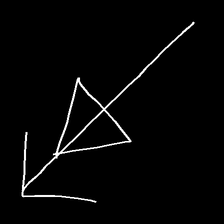
Glyph: pull